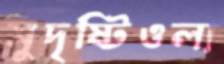
সুদৃষ্টিওল্য